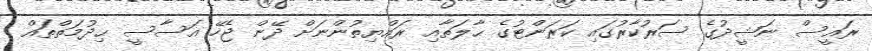
ރައީސް ނަޝީދުގެ ސަރުކާރުގައި ކަރަންޓުގެ ޙާލަތާއި ރައްޔިތުންނަށް ދޭން ޖެހޭ އަސާސީ ޙިދުމަތްތައް